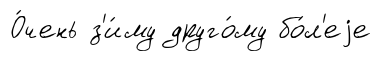
О́чень з'и́му друго́му бо́л'еjе